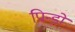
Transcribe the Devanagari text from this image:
पिन्डों